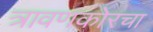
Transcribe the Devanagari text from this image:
त्रावणकोरचा